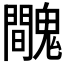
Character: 𩴦